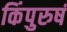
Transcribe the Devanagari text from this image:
किंपुरुषं